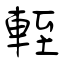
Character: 輊